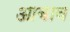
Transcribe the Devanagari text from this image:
आबाव